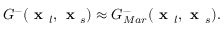
G ^ { - } ( \textbf { x } _ { l } , \textbf { x } _ { s } ) \approx G _ { M a r } ^ { - } ( \textbf { x } _ { l } , \textbf { x } _ { s } ) .